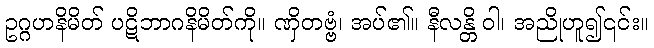
ဥဂ္ဂဟနိမိတ် ပဋိဘာဂနိမိတ်ကို။ ဏှိတဗ္ဗံ၊ အပ်၏။ နီလန္တိ ဝါ၊ အညိုဟူ၍၎င်း။